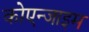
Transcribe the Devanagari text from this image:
कोएन्जाइम